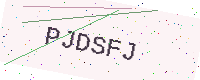
Text: PJDSFJ